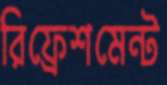
রিফ্রেশমেন্ট